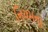
નિયમના